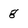
Character: g